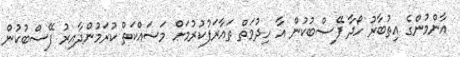
އާންމުންގެ އިތުބާރު ހޯދާ ފޭސްބުކުން އާ ހިދުމަތް ތައާރަފުކުރުމަށް މަސައްކަތް ކުރަމުންދާއިރު ފޭސްބުުކުން